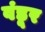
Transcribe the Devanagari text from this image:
वंडूर